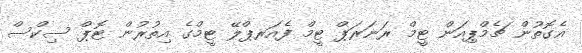
އެގޮތުން ޗެމްޕިއަން ޓީމް ރަނަރަޕް ޓީމް ފެއަރޕްލޭ ޓީމްގެ އިތުރުން ޓޮޕް ސިކްސް